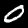
Digit: 0